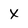
Character: X